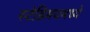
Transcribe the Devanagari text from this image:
स्टेडिमयमध्ये